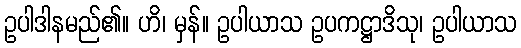
ဥပါဒါနမည်၏။ ဟိ၊ မှန်။ ဥပါယာသ ဥပကဋ္ဌာဒိသု၊ ဥပါယာသ